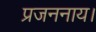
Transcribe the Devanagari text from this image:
प्रजननाय।